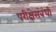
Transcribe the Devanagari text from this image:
परीक्षेसंबंधी